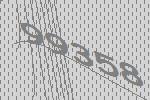
99358